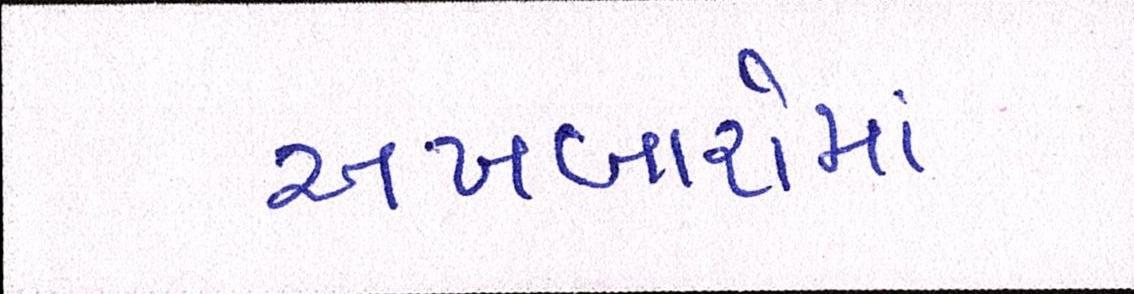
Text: અખબારોમાં